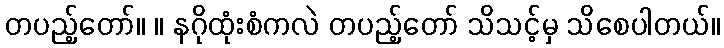
တပည့်တော်။ ။ နဂိုထုံးစံကလဲ တပည့်တော် သိသင့်မှ သိစေပါတယ်။